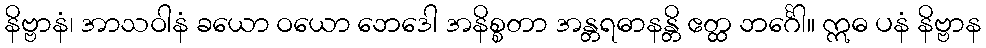
နိဗ္ဗာနံ၊ အာသဝါနံ ခယော ဝယော ဘေဒေါ အနိစ္စတာ အန္တရဓာနန္တိ ဧတ္ထ ဘင်္ဂေါ။ ဣဓ ပနံ နိဗ္ဗာန